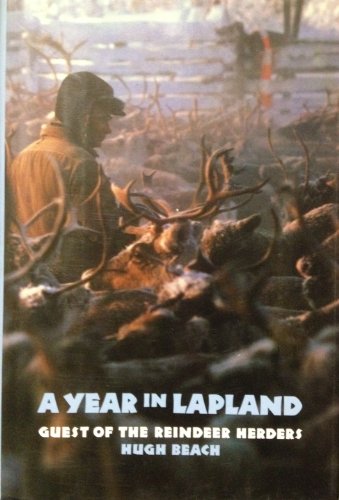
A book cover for A Year in Lapland; Hugh Beach; Travel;